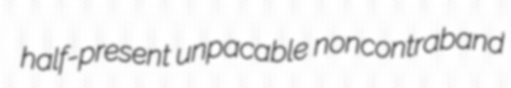
half-present unpacable noncontraband